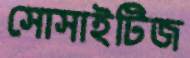
সোসাইটিজ